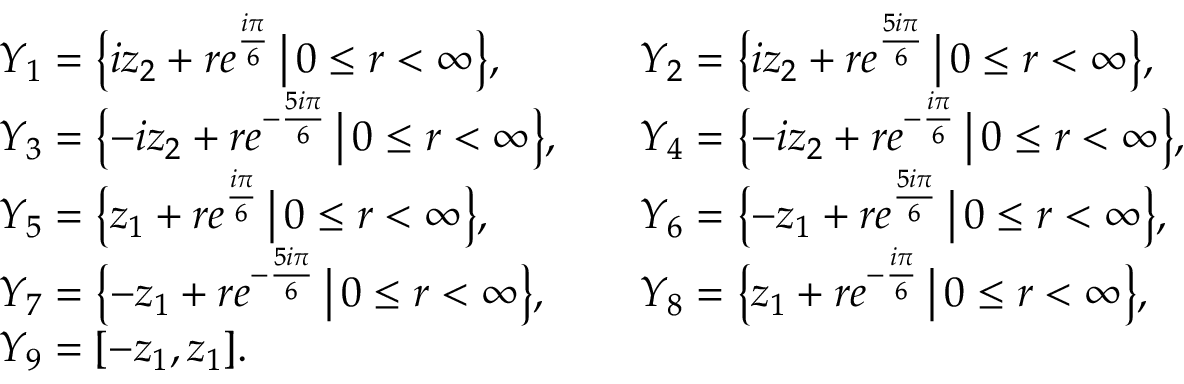
\begin{array} { r l r l } & { Y _ { 1 } = \bigl \{ i z _ { 2 } + r e ^ { \frac { i \pi } { 6 } } \, \big | \, 0 \leq r < \infty \bigr \} , } & & { Y _ { 2 } = \bigl \{ i z _ { 2 } + r e ^ { \frac { 5 i \pi } { 6 } } \, \big | \, 0 \leq r < \infty \bigr \} , } \\ & { Y _ { 3 } = \bigl \{ - i z _ { 2 } + r e ^ { - \frac { 5 i \pi } { 6 } } \, \big | \, 0 \leq r < \infty \bigr \} , } & & { Y _ { 4 } = \bigl \{ - i z _ { 2 } + r e ^ { - \frac { i \pi } { 6 } } \, \big | \, 0 \leq r < \infty \bigr \} , } \\ & { Y _ { 5 } = \bigl \{ z _ { 1 } + r e ^ { \frac { i \pi } { 6 } } \, \big | \, 0 \leq r < \infty \bigr \} , } & & { Y _ { 6 } = \bigl \{ - z _ { 1 } + r e ^ { \frac { 5 i \pi } { 6 } } \, \big | \, 0 \leq r < \infty \bigr \} , } \\ & { Y _ { 7 } = \bigl \{ - z _ { 1 } + r e ^ { - \frac { 5 i \pi } { 6 } } \, \big | \, 0 \leq r < \infty \bigr \} , } & & { Y _ { 8 } = \bigl \{ z _ { 1 } + r e ^ { - \frac { i \pi } { 6 } } \, \big | \, 0 \leq r < \infty \bigr \} , } \\ & { Y _ { 9 } = [ - z _ { 1 } , z _ { 1 } ] . } \end{array}